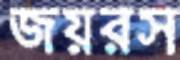
জয়রস